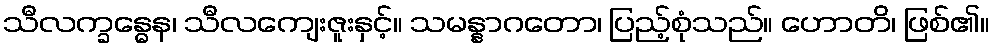
သီလက္ခန္ဓေန၊ သီလကျေးဇူးနှင့်။ သမန္နာဂတော၊ ပြည့်စုံသည်။ ဟောတိ၊ ဖြစ်၏။